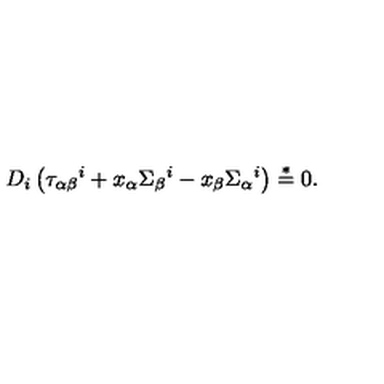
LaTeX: D _ { i } \left( \tau _ { \alpha \beta } { } ^ { i } + x _ { \alpha } \Sigma _ { \beta } { } ^ { i } - x _ { \beta } \Sigma _ { \alpha } { } ^ { i } \right) \stackrel { * } { = } 0 .